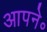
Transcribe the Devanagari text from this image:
आपने॰